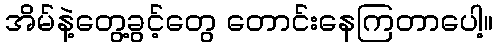
အိမ်နဲ့တွေ့ခွင့်တွေ တောင်းနေကြတာပေါ့။